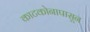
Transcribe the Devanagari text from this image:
काटकोनापासून